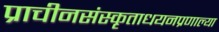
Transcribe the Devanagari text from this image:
प्राचीनसंस्कृताधयनप्रणाल्या